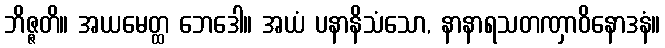
ဘိဇ္ဇတိ။ အယမေတ္ထ ဘေဒေါ။ အယံ ပနာနိသံသော, နာနာရသတဏှာဝိနောဒနံ။